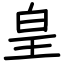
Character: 皇